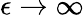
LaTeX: \epsilon\rightarrow\infty